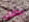
بطل